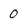
Character: 0